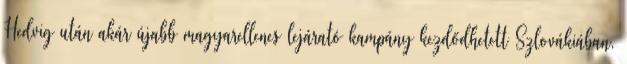
Hedvig után akár újabb magyarellenes lejárató kampány kezdődhetett Szlovákiában,